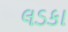
લડકા